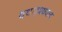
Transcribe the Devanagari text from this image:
यथादृश्यवाद